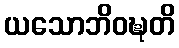
ယသောဘိဝဍ္ဎတိ